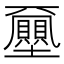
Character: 𡔈